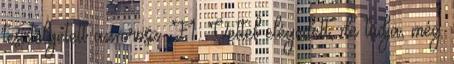
tesztelgetett az orosz. F1: Vettel elégedett, de tudja, még